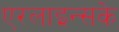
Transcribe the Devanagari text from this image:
एरलाइन्सके